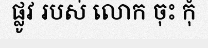
ផ្លូវ របស់ លោក ចុះ កុំ